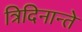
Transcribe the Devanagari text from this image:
त्रिदिनान्ते